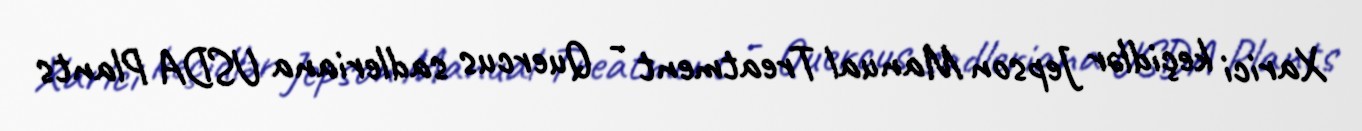
Xarici keçidlər Jepson Manual Treatment - Quercus sadleriana USDA Plants